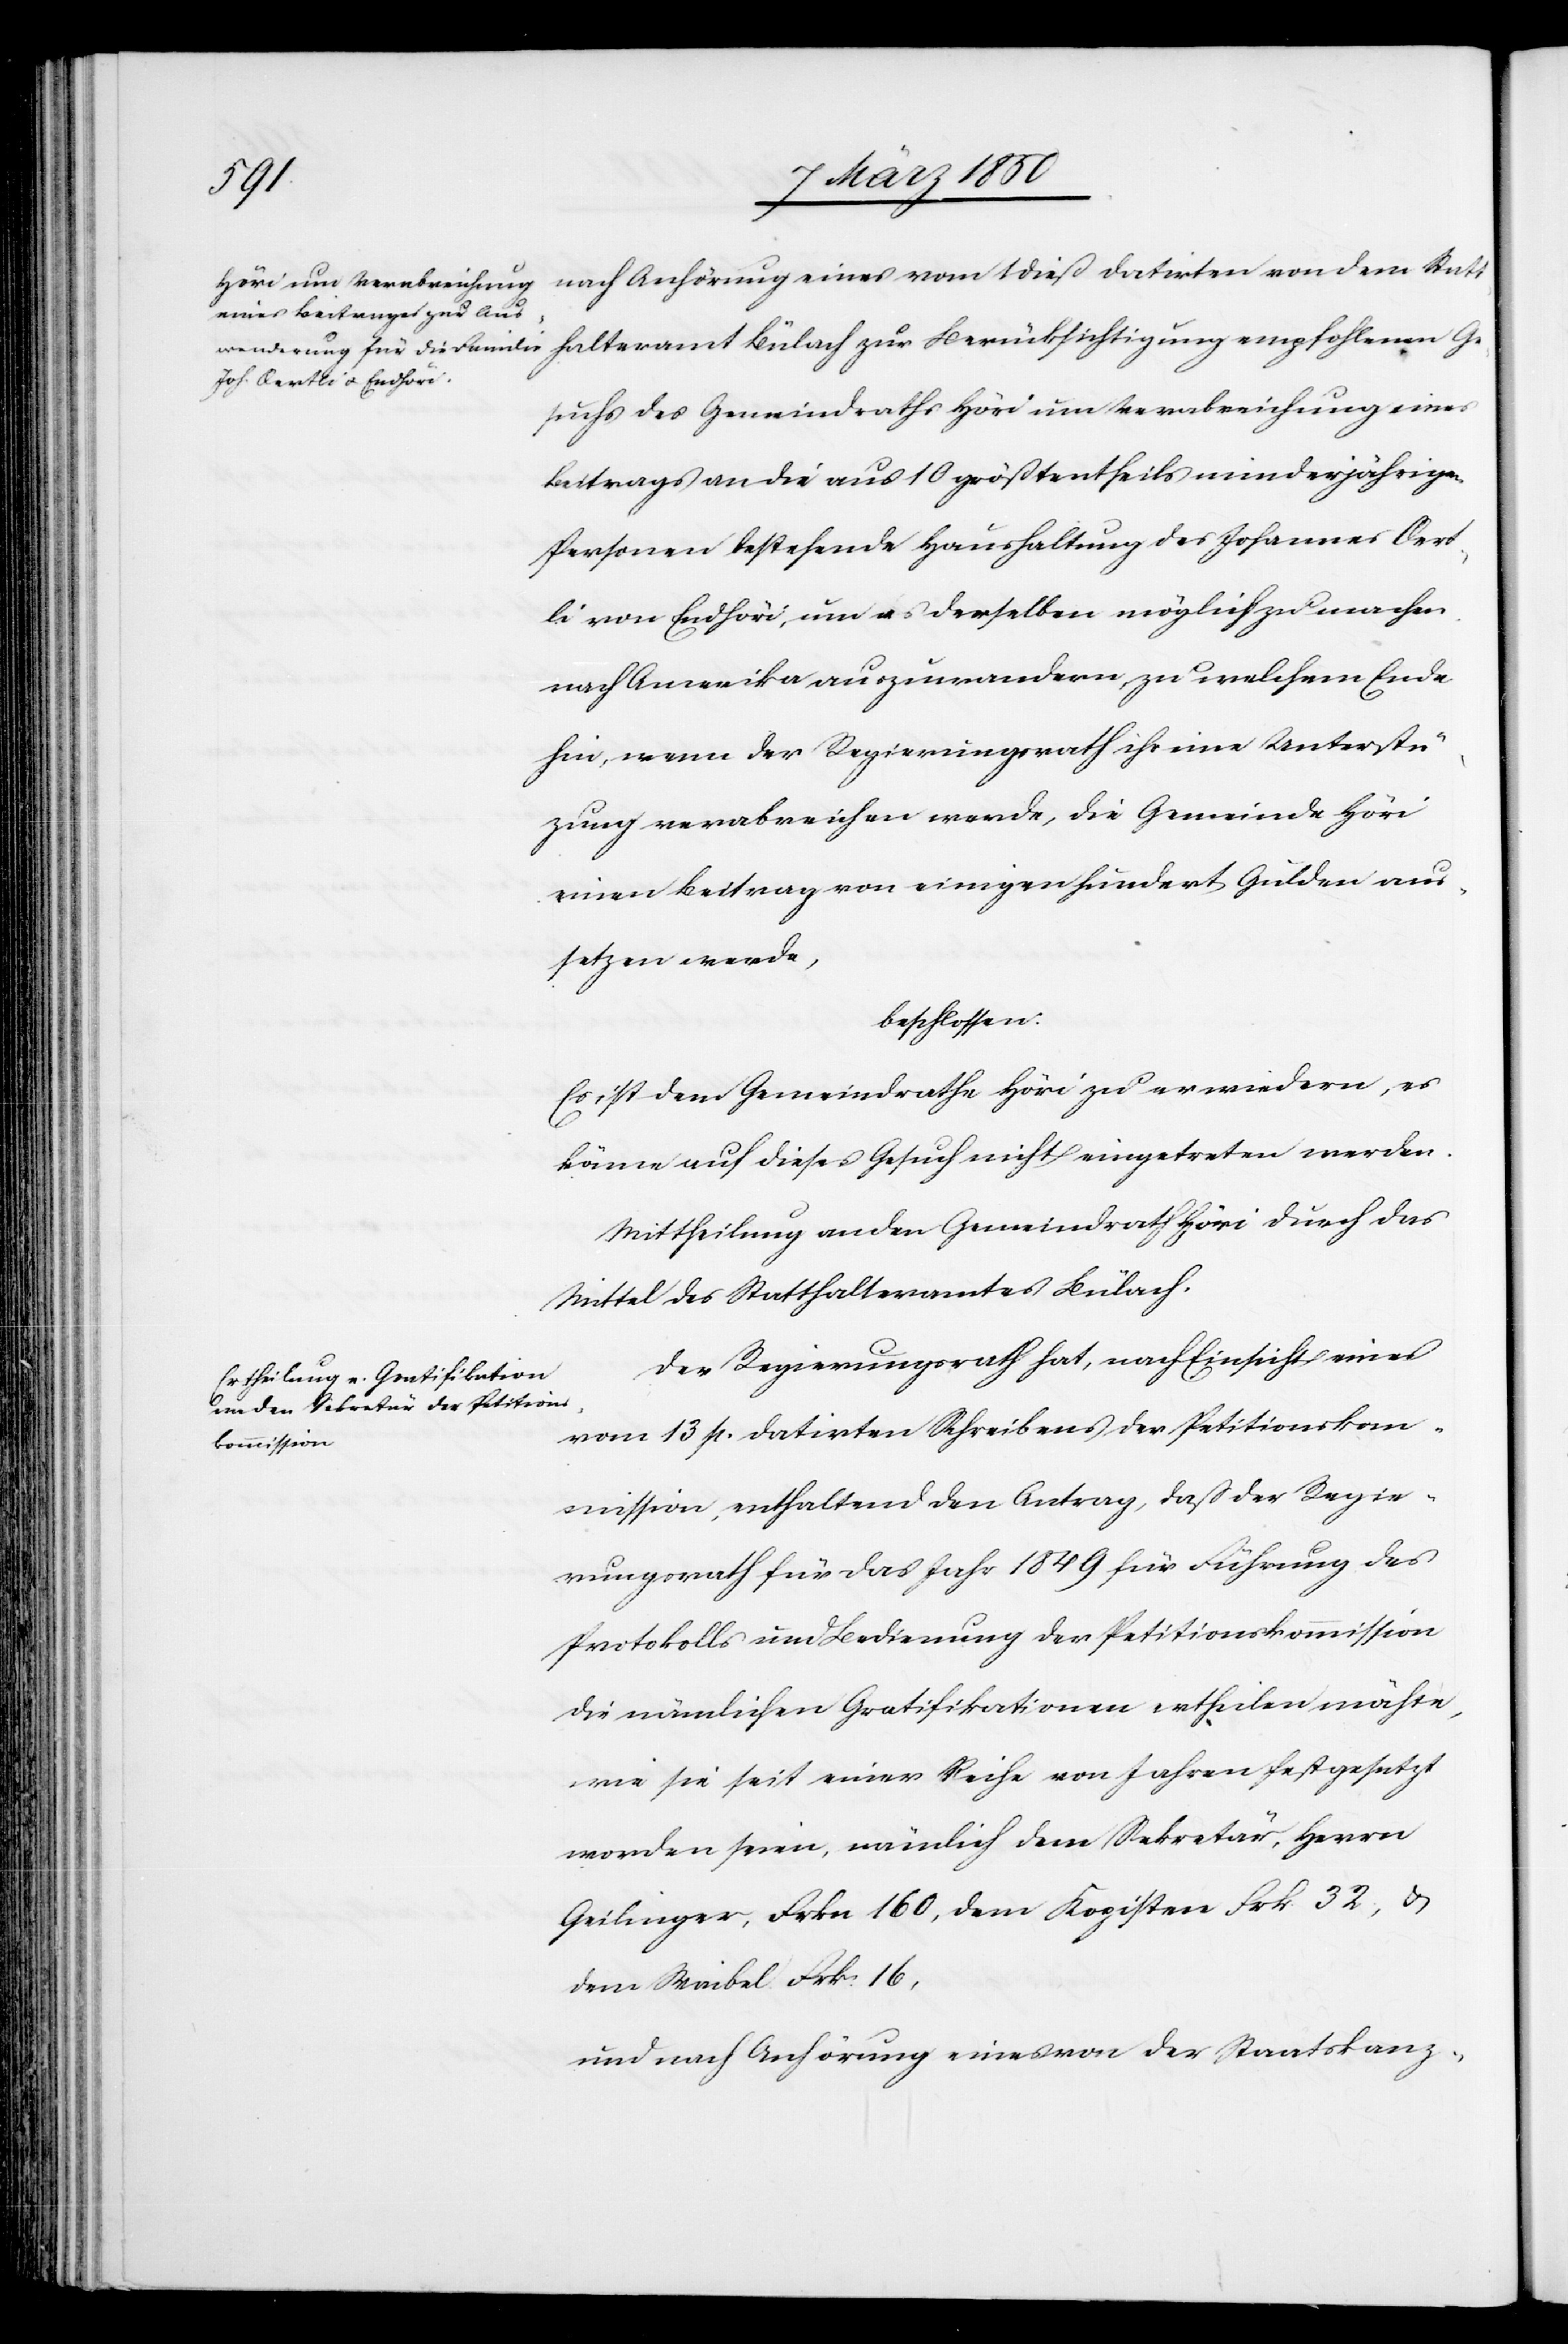
datirten von dem Statthalteramt Bülach zur Berücksichtigung empfohlenen Ge¬
suchs des Gemeindraths Höri um Verabreichung eines
Beitrags an die aus 10 größtentheils minderjährigen
Personen bestehende Haushaltung des Johannes Oert¬
li von Endhöri, um es derselben möglich zu machen
nach Amerika auszuwandern, zu welchem Ende
hin, wenn der Regierungsrath ihr eine Unterstüt¬
zung verabreichen werde, die Gemeinde Höri
einen Beitrag von einigen hundert Gulden aus¬
setzen werde,
beschlossen:
Es ist dem Gemeindrathe Höri zu erwiedern, es
könne auf dieses Gesuch nicht eingetreten werden.
Mittheilung an den Gemeindrath Höri durch das
Mittel des Statthalteramtes Bülach.
Der Regierungsrath hat, nach Einsicht eines
vom 13 p. datirten Schreibens der Petitionskom¬
mission, enthaltend den Antrag, daß der Regie¬
rungsrath für das Jahr 1849 für Führung des
Protokolls und Bedienung der Petitionskommission
die nämlichen Gratifikationen ertheilen möchte,
wie sie seit einer Reihe von Jahren festgesetzt
worden seien, nämlich dem Sekretär, Herrn
Geilinger, Frkn 160, dem Kopisten Frk 32, u.
dem Waibel Frk 16,
und nach Anhörung eines von der Staatskanz-